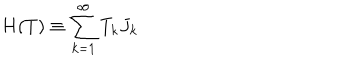
LaTeX: H ( T ) \equiv \sum _ { k = 1 } ^ { \infty } T _ { k } J _ { k }